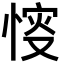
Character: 𢜶